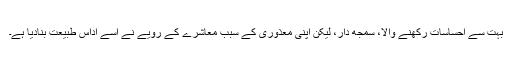
بہت سے احساسات رکھنے والا، سمجھ دار، لیکن اپنی معذوری کے سبب معاشرے کے رویے نے اسے اداس طبیعت بنادیا ہے۔